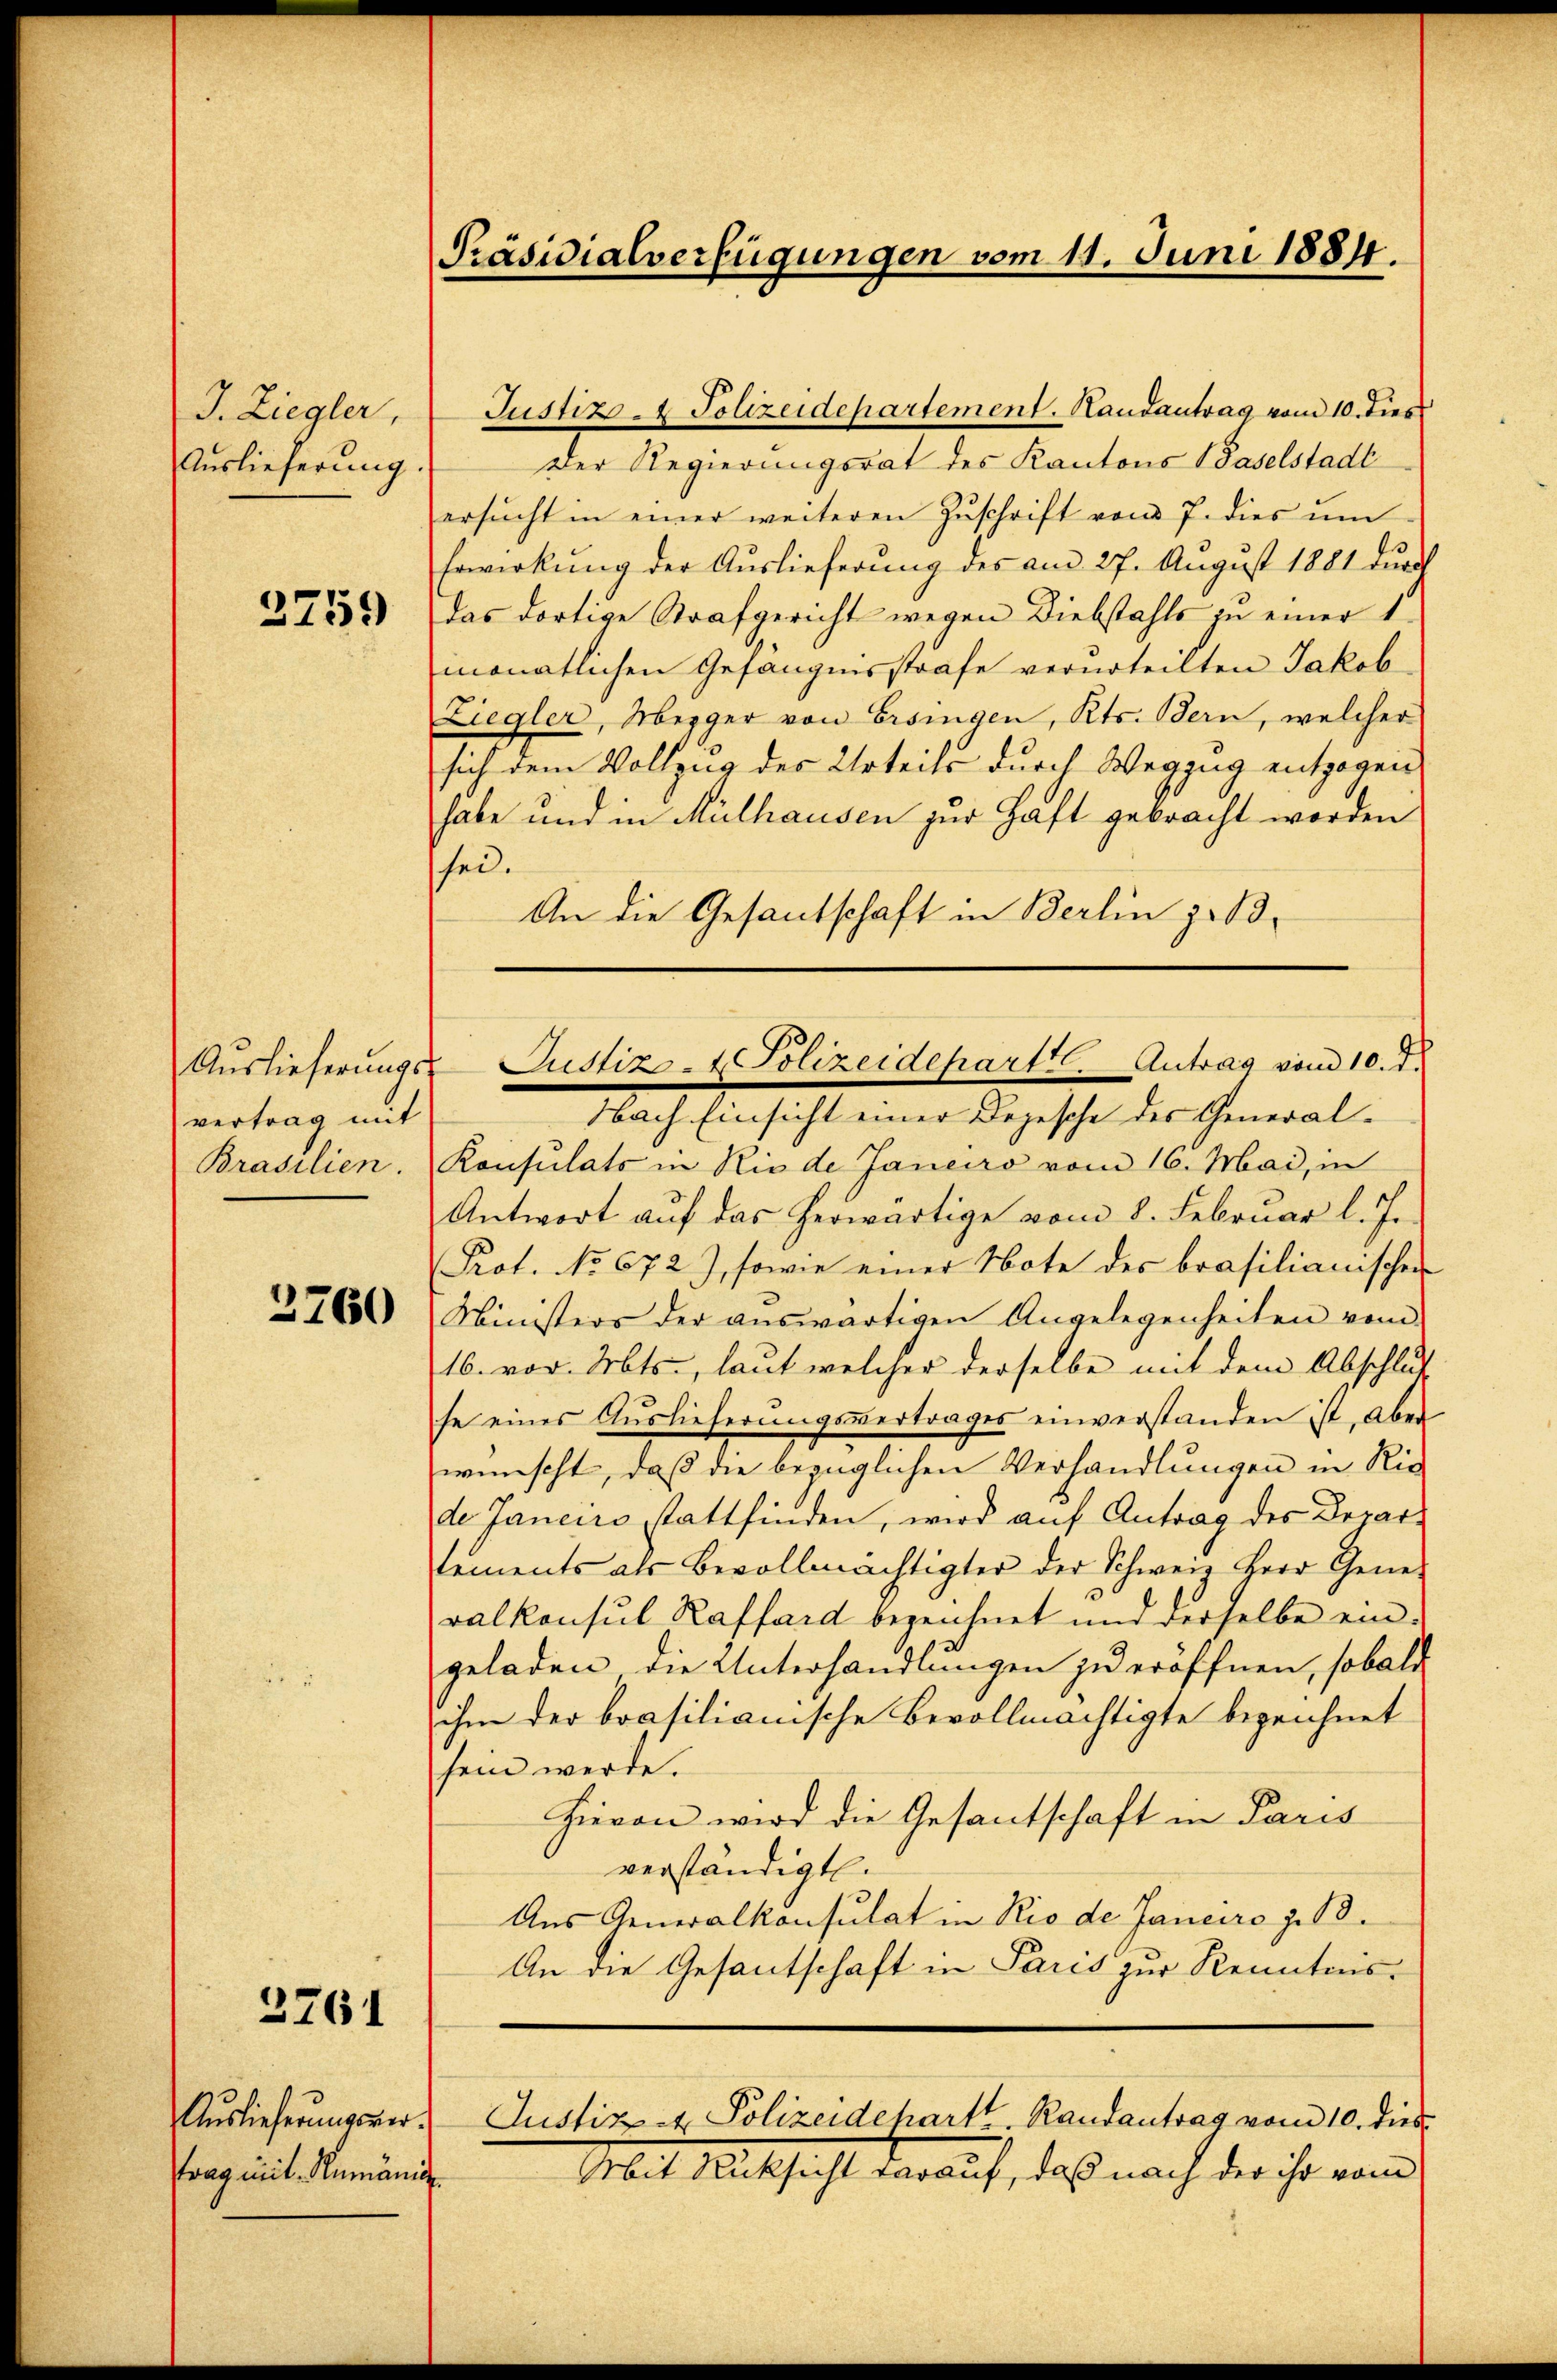
J. Ziegler,
Auslieferung

2759

vertrag mit
Brasilien.

2760

3761

Auslieferungsvertrag mit Rumänis

Präsidialverfügungen vom 11. Juni 1884

Justiz - Polizeidepartement. Handantrag vom 10. dies
Der Regierungsrat des Kantons Baselstadt
ersŭcht in einer weiteren Zŭschrift vom 7. dies ŭm
Erwirkŭng der Aŭslieferŭng des am 27. Aŭgŭst 1881 dŭrch
Das dortige Strafgericht wegen Diebstahls zu einer 1
monatlichen Gefängnisstrafe verurteilten Jakob
Ziegler, Mezger von Ersingen, Kts. Bern, welcher
sich dem Vollzug des Urteils durch Wegzug entzogen
habe und in Mülhausen zur Haft gebracht worden
sei.
An die Gesantschaft in Berlin z. B.
Nach Einsicht einer Depesche des General¬
Konsulats in Rio de Janeiro vom 16. Mai, in
Antwort auf das herwärtige vom 8. Februar l. J.
Prot. No 672), sowie einer Note des brasilianischen
Ministers der aŭswärtigen Angelegenheiten vom
16. vor. Mts., laut welcher derselbe mit dem Abschluß
se eines Auslieferungsvertrages einverstanden ist, aber
wünscht, daß die bezüglichen Verhandlungen in Rie
de Janeiro stattfinden, wird auf Antrag des Derar-
tements als Bevollmächtigter der Schweiz Herr Gener
ralkonsul Raffard bezeichnet und derselbe eingeladen, die Unterhandlungen zu eröffnen, sobald
ihm der brasilianische Bevollmächtigte bezeichnet
sein werde.
Hievon wird die Gesantschaft in Paris
verständigt.
Aus Generalkonsulat in Rio de Janeiro z. B.
An die Gesantschaft in Paris zur Kenntens¬
Justiz & Polizeidehart Randantrag vom 10. dies
Mit Aussicht darauf, daß nach der ihr vom

Aŭslieferŭngs-Justiz- & Polizeideparttl. Antrag vom 10. d.